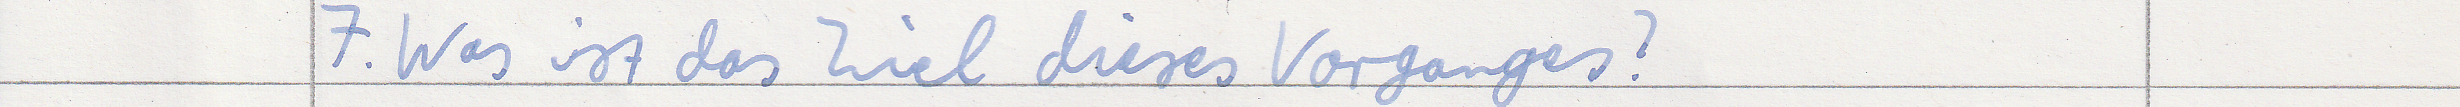
7. Was ist das Ziel dieses Vorganges?